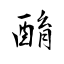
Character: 酳